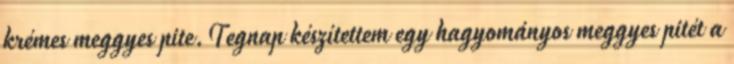
krémes meggyes pite.Tegnap készítettem egy hagyományos meggyes pitét a